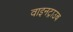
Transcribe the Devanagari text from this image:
वाइनट्राउब